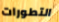
التطورات